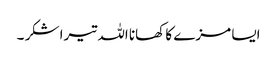
ایسا مزے کا کھانا اللہ تیرا شکر ۔